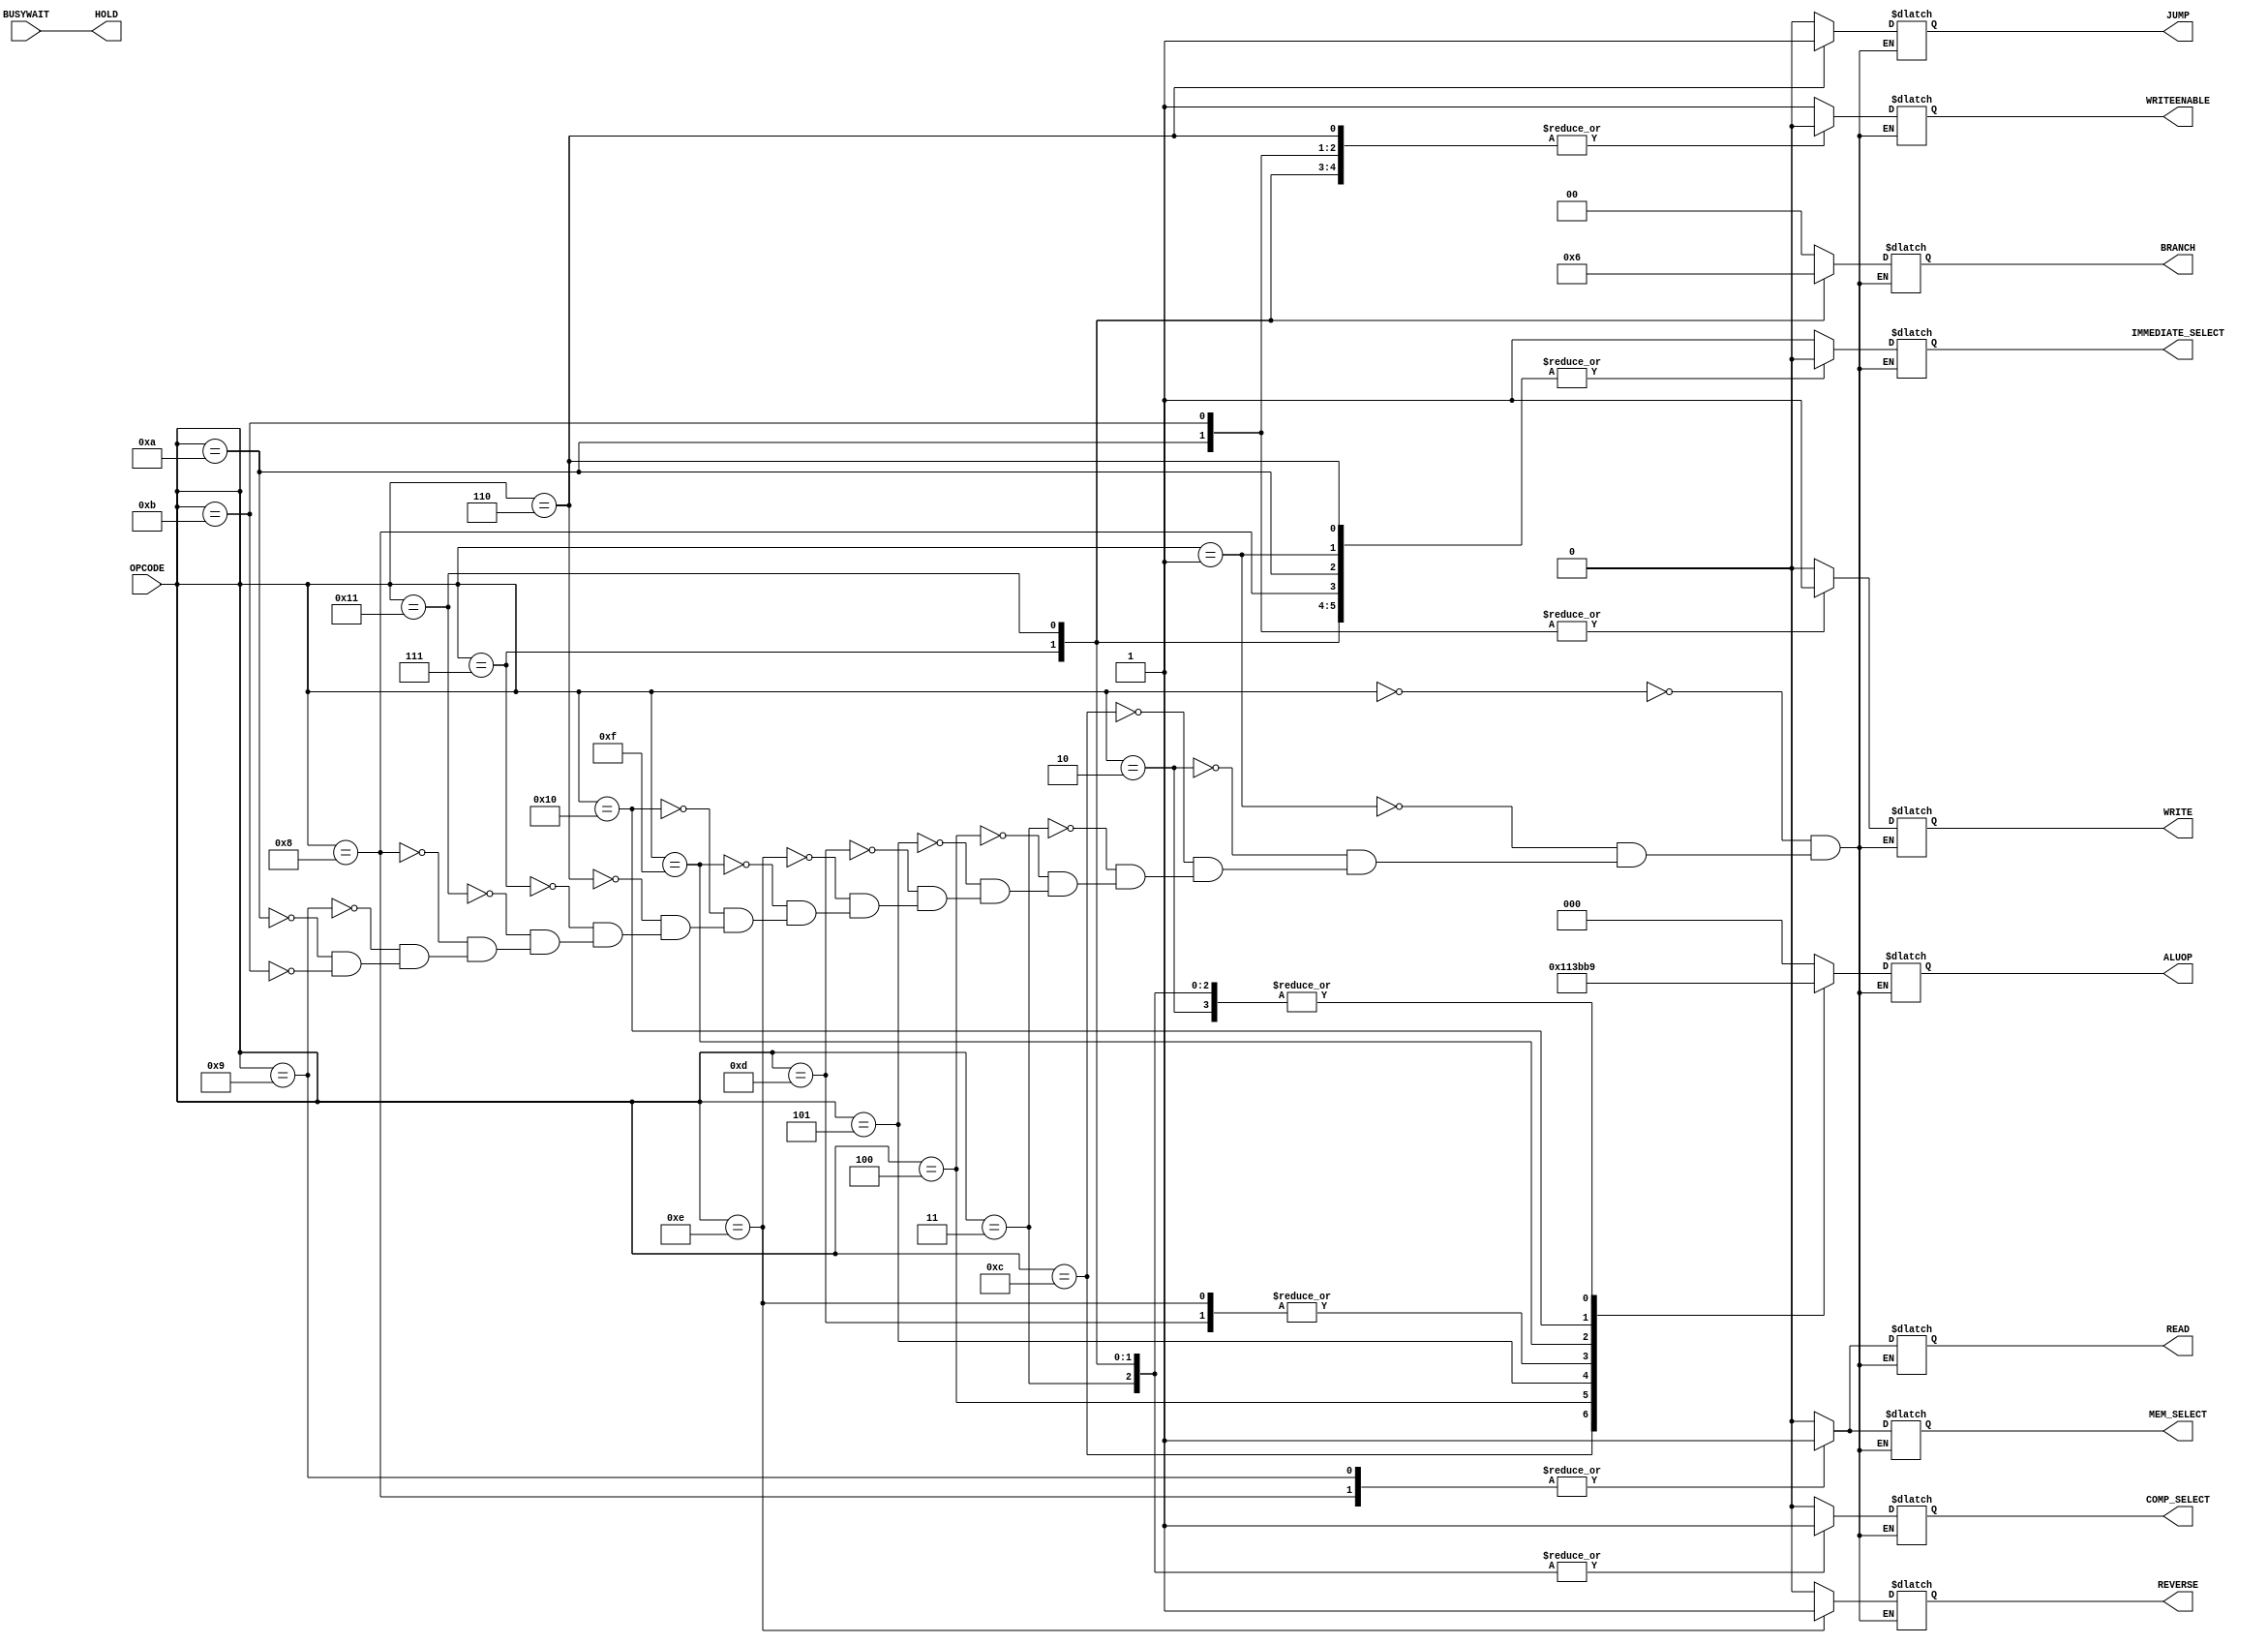
// CO224 - Lab05 PART-3
// GROUP - 11

// Control Unit
// To decode the OpCode and make the control signals
`timescale 1ns/100ps

module control_unit(OPCODE, WRITEENABLE, COMP_SELECT, IMMEDIATE_SELECT, JUMP, BRANCH, ALUOP, REVERSE, READ, WRITE, BUSYWAIT, HOLD, MEM_SELECT);

    // declaration of input output retisters
    input [7:0] OPCODE;
    input BUSYWAIT;
    output reg WRITEENABLE, COMP_SELECT, IMMEDIATE_SELECT, JUMP, REVERSE, READ, WRITE, MEM_SELECT;    //control signal
    output HOLD;
    output reg [1:0] BRANCH;
    output reg [2:0] ALUOP;// control signal for ALU (2 bit signal)

    // busywait signal
    assign HOLD = BUSYWAIT;

    always @(OPCODE) begin 

        // delay of the dedcoding
        #1
        //enabling the control signals according to the OPCODE
        case (OPCODE)
        // loadi - load the register with the given immediate value 
            8'b0000_0000: begin
                WRITEENABLE = 1'b1;// control signal to write to the register
                COMP_SELECT = 1'b0;
                IMMEDIATE_SELECT = 1'b1;// immediate number select
                ALUOP = 3'b000;// select forward result from ALU
                JUMP = 1'b0; // jump
                BRANCH = 2'b00; // branch
                REVERSE = 1'b0; // shift right signal(reverse signal)
                READ = 1'b0;
                WRITE = 1'b0;
                MEM_SELECT = 1'b0;
            end

            //mov - copy a value in a register to another register
            8'b0000_0001: begin
                WRITEENABLE = 1'b1;
                COMP_SELECT = 1'b0;
                IMMEDIATE_SELECT = 1'b0;
                ALUOP = 3'b000;
                JUMP = 1'b0;
                BRANCH = 2'b00; // branch
                REVERSE = 1'b0; // shift right signal(reverse signal)
                READ = 1'b0;
                WRITE = 1'b0;
                MEM_SELECT = 1'b0;
            end

            // add - add 2 register values and write the result to another register
            8'b0000_0010: begin
                WRITEENABLE = 1'b1;
                COMP_SELECT = 1'b0;
                IMMEDIATE_SELECT = 1'b0;
                ALUOP = 3'b001;//select add result from alu
                JUMP = 1'b0;
                BRANCH = 2'b00; // branch
                REVERSE = 1'b0; // shift right signal(reverse signal)
                READ = 1'b0;
                WRITE = 1'b0;
                MEM_SELECT = 1'b0;
            end

            // mult - mult 2 register values and write the result to another register
            8'b0000_1100: begin
                WRITEENABLE = 1'b1;
                COMP_SELECT = 1'b0;
                IMMEDIATE_SELECT = 1'b0;
                ALUOP = 3'b100; // select mult result from alu
                JUMP = 1'b0;
                BRANCH = 2'b00; // branch
                REVERSE = 1'b0; // shift right signal(reverse signal)
                READ = 1'b0;
                WRITE = 1'b0;
                MEM_SELECT = 1'b0;
            end

            // sub - subtract 2 reg values and write the result to another register
            8'b0000_0011: begin
                WRITEENABLE = 1'b1;
                COMP_SELECT = 1'b1;
                IMMEDIATE_SELECT = 1'b0;// 2s complement enables(input for aku module is 2's complemented)
                ALUOP = 3'b001;// select add from ALU
                JUMP = 1'b0;
                BRANCH = 2'b00; // branch
                REVERSE = 1'b0; // shift right signal(reverse signal)
                READ = 1'b0;
                WRITE = 1'b0;
                MEM_SELECT = 1'b0;
            end

            // and - bitwise AND of 2 reg values
            8'b0000_0100: begin
                WRITEENABLE = 1'b1;
                COMP_SELECT = 1'b0;
                IMMEDIATE_SELECT = 1'b0;
                ALUOP = 3'b010;// select and result form alu
                JUMP = 1'b0;
                BRANCH = 2'b00; // branch
                REVERSE = 1'b0; // shift right signal(reverse signal)
                READ = 1'b0;
                WRITE = 1'b0;
                MEM_SELECT = 1'b0;
            end

            // or - bitwise OR of 2 reg values
            8'b0000_0101: begin
                WRITEENABLE = 1'b1;
                COMP_SELECT = 1'b0; 
                IMMEDIATE_SELECT = 1'b0;
                ALUOP = 3'b011;// select or result from ALU
                JUMP = 1'b0;
                BRANCH = 2'b00; // branch
                REVERSE = 1'b0; // shift right signal(reverse signal)
                READ = 1'b0;
                WRITE = 1'b0;
                MEM_SELECT = 1'b0;
            end


            // sll - logical shift left a reg velue
            8'b0000_1101: begin
                WRITEENABLE = 1'b1;
                COMP_SELECT = 1'b0; 
                IMMEDIATE_SELECT = 1'b1;
                ALUOP = 3'b101;     // select or result from ALU
                JUMP = 1'b0;
                BRANCH = 2'b00; // branch
                REVERSE = 1'b0; // shift right signal(reverse signal)
                READ = 1'b0;
                WRITE = 1'b0;
                MEM_SELECT = 1'b0;
            end

            // srl - logical shift left a reg velue
            8'b0000_1110: begin
                WRITEENABLE = 1'b1;
                COMP_SELECT = 1'b0; 
                IMMEDIATE_SELECT = 1'b1;
                ALUOP = 3'b101;     // select or result from ALU
                JUMP = 1'b0;
                BRANCH = 2'b00; // branch
                REVERSE = 1'b1; // shift right signal(reverse signal)
                READ = 1'b0;
                WRITE = 1'b0;
                MEM_SELECT = 1'b0;
            end

            // sra - arithmetic shift right a reg velue
            8'b0000_1111: begin
                WRITEENABLE = 1'b1;
                COMP_SELECT = 1'b0; 
                IMMEDIATE_SELECT = 1'b1;
                ALUOP = 3'b110;     // select or result from ALU
                JUMP = 1'b0;
                BRANCH = 2'b00; // branch
                REVERSE = 1'b0; // shift right signal(reverse signal)
                READ = 1'b0;
                WRITE = 1'b0;
                MEM_SELECT = 1'b0;
            end

            // ror - arithmetic shift right a reg velue
            8'b0001_0000: begin
                WRITEENABLE = 1'b1;
                COMP_SELECT = 1'b0; 
                IMMEDIATE_SELECT = 1'b1;
                ALUOP = 3'b111;     // select or result from ALU
                JUMP = 1'b0;
                BRANCH = 2'b00; // branch
                REVERSE = 1'b0; // shift right signal(reverse signal)
                READ = 1'b0;
                WRITE = 1'b0;
                MEM_SELECT = 1'b0;
            end

            // j - jump instruction relative to the next instruction to execute
            8'b0000_0110: begin
                WRITEENABLE = 1'b0;
                COMP_SELECT = 1'b0;
                IMMEDIATE_SELECT = 1'b0;
                ALUOP = 3'b000;
                JUMP = 1'b1; // jump is enable
                BRANCH = 2'b00; // branch
                REVERSE = 1'b0; // shift right signal(reverse signal)
                READ = 1'b0;
                WRITE = 1'b0;
                MEM_SELECT = 1'b0;
            end
            
            // beq - branch if reg values are eqaul
            8'b0000_0111: begin
                WRITEENABLE = 1'b0;
                COMP_SELECT = 1'b1;
                IMMEDIATE_SELECT = 1'b0;
                ALUOP = 3'b001;
                JUMP = 1'b0; // jump is disable
                BRANCH = 2'b01; // branch
                REVERSE = 1'b0; // shift right signal(reverse signal)
                READ = 1'b0;
                WRITE = 1'b0;
                MEM_SELECT = 1'b0;
            end

            // bne - branch if reg values are eqaul
            8'b0001_0001: begin
                WRITEENABLE = 1'b0;
                COMP_SELECT = 1'b1;
                IMMEDIATE_SELECT = 1'b0;
                ALUOP = 3'b001;
                JUMP = 1'b0; // jump is disable
                BRANCH = 2'b10; // branch
                REVERSE = 1'b0; // shift right signal(reverse signal)
                READ = 1'b0;
                WRITE = 1'b0;
                MEM_SELECT = 1'b0;
            end

            // lwd - load word, address and value are in registers
            8'b0000_1000: begin
                WRITEENABLE = 1'b1;
                COMP_SELECT = 1'b0;
                IMMEDIATE_SELECT = 1'b0;
                ALUOP = 3'b000;
                JUMP = 1'b0; // jump is disable
                BRANCH = 2'b00; // branch
                REVERSE = 1'b0; // shift right signal(reverse signal)
                READ = 1'b1;    // read from memory
                WRITE = 1'b0;
                MEM_SELECT = 1'b1;
            end

            // lwi - load word, address is give as immediate
            8'b0000_1001: begin
                WRITEENABLE = 1'b1;
                COMP_SELECT = 1'b0;
                IMMEDIATE_SELECT = 1'b1;
                ALUOP = 3'b000;
                JUMP = 1'b0; // jump is disable
                BRANCH = 2'b00; // branch
                REVERSE = 1'b0; // shift right signal(reverse signal)
                READ = 1'b1;    // read from memory
                WRITE = 1'b0;
                MEM_SELECT = 1'b1;
            end

            // swd - store word, address and value are in registers
            8'b0000_1010: begin
                WRITEENABLE = 1'b0;
                COMP_SELECT = 1'b0;
                IMMEDIATE_SELECT = 1'b0;
                ALUOP = 3'b000;
                JUMP = 1'b0; // jump is disable
                BRANCH = 2'b00; // branch
                REVERSE = 1'b0; // shift right signal(reverse signal)
                READ = 1'b0;
                WRITE = 1'b1;   // write to memory
                MEM_SELECT = 1'b0;
            end

            // swi - address is give as immediate
            8'b0000_1011: begin
                WRITEENABLE = 1'b0;
                COMP_SELECT = 1'b0;
                IMMEDIATE_SELECT = 1'b1;
                ALUOP = 3'b000;
                JUMP = 1'b0; // jump is disable
                BRANCH = 2'b00; // branch
                REVERSE = 1'b0; // shift right signal(reverse signal)
                READ = 1'b0;
                WRITE = 1'b1;   // write to memory
                MEM_SELECT = 1'b0;
            end
            
        endcase
                
    end

endmodule